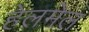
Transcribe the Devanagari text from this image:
हेलमेल